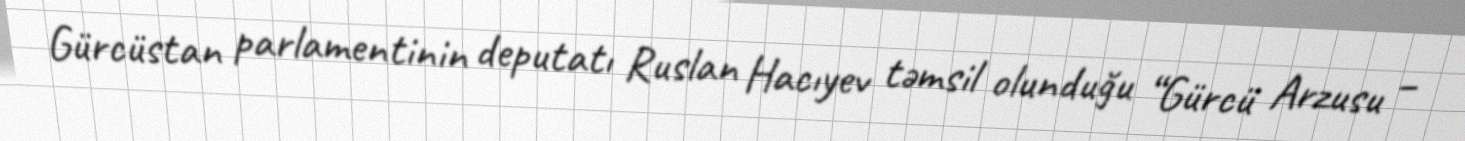
Gürcüstan parlamentinin deputatı Ruslan Hacıyev təmsil olunduğu “Gürcü Arzusu –